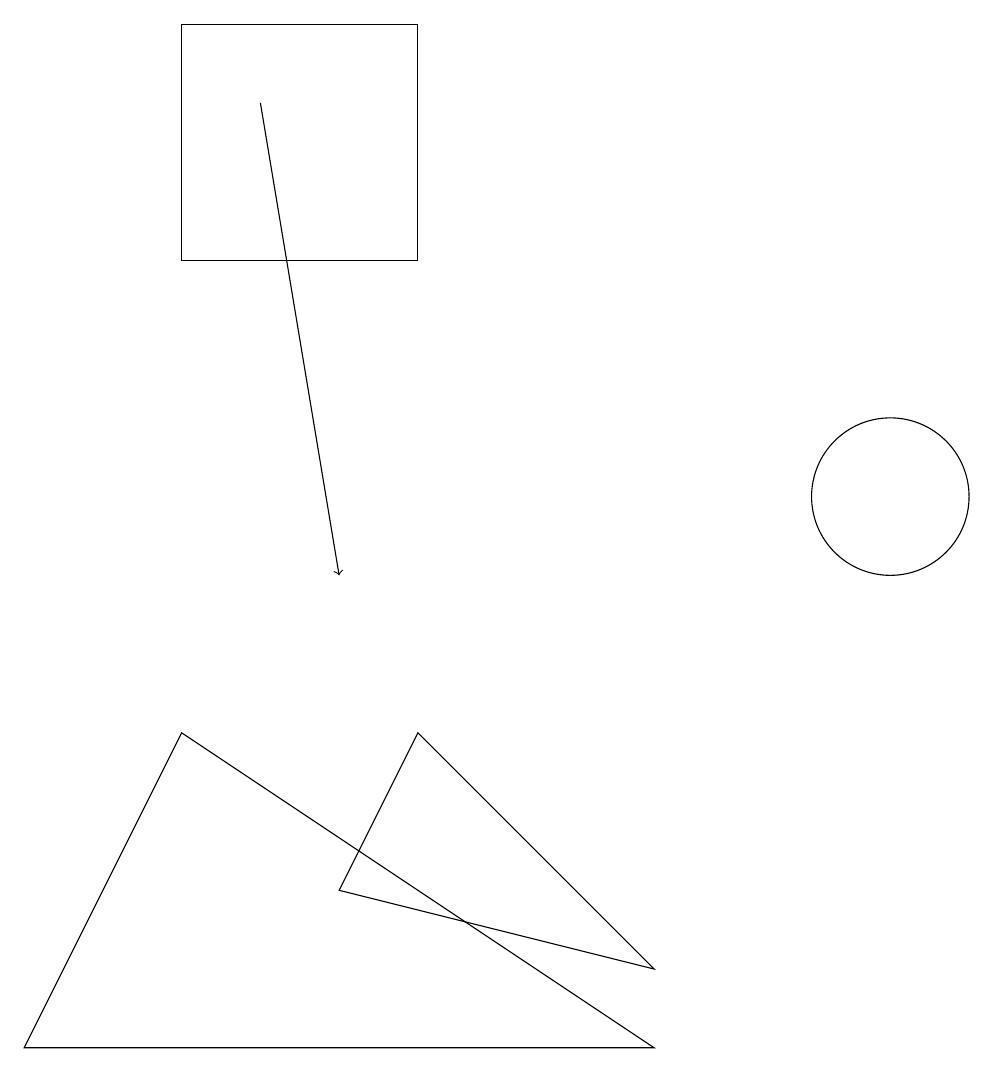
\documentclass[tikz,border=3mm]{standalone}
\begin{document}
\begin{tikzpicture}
\draw[->] (3,17) -- (4,11);
\draw (2,15) rectangle (5,18);
\draw (8,5) -- (0,5) -- (2,9) -- cycle;
\draw (8,6) -- (5,9) -- (4,7) -- cycle;
\draw (11,12) circle (1);
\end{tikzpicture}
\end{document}